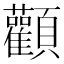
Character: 顴